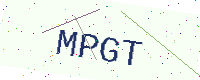
Text: MPGT